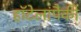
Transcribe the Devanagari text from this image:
हॉटेलांपैकी